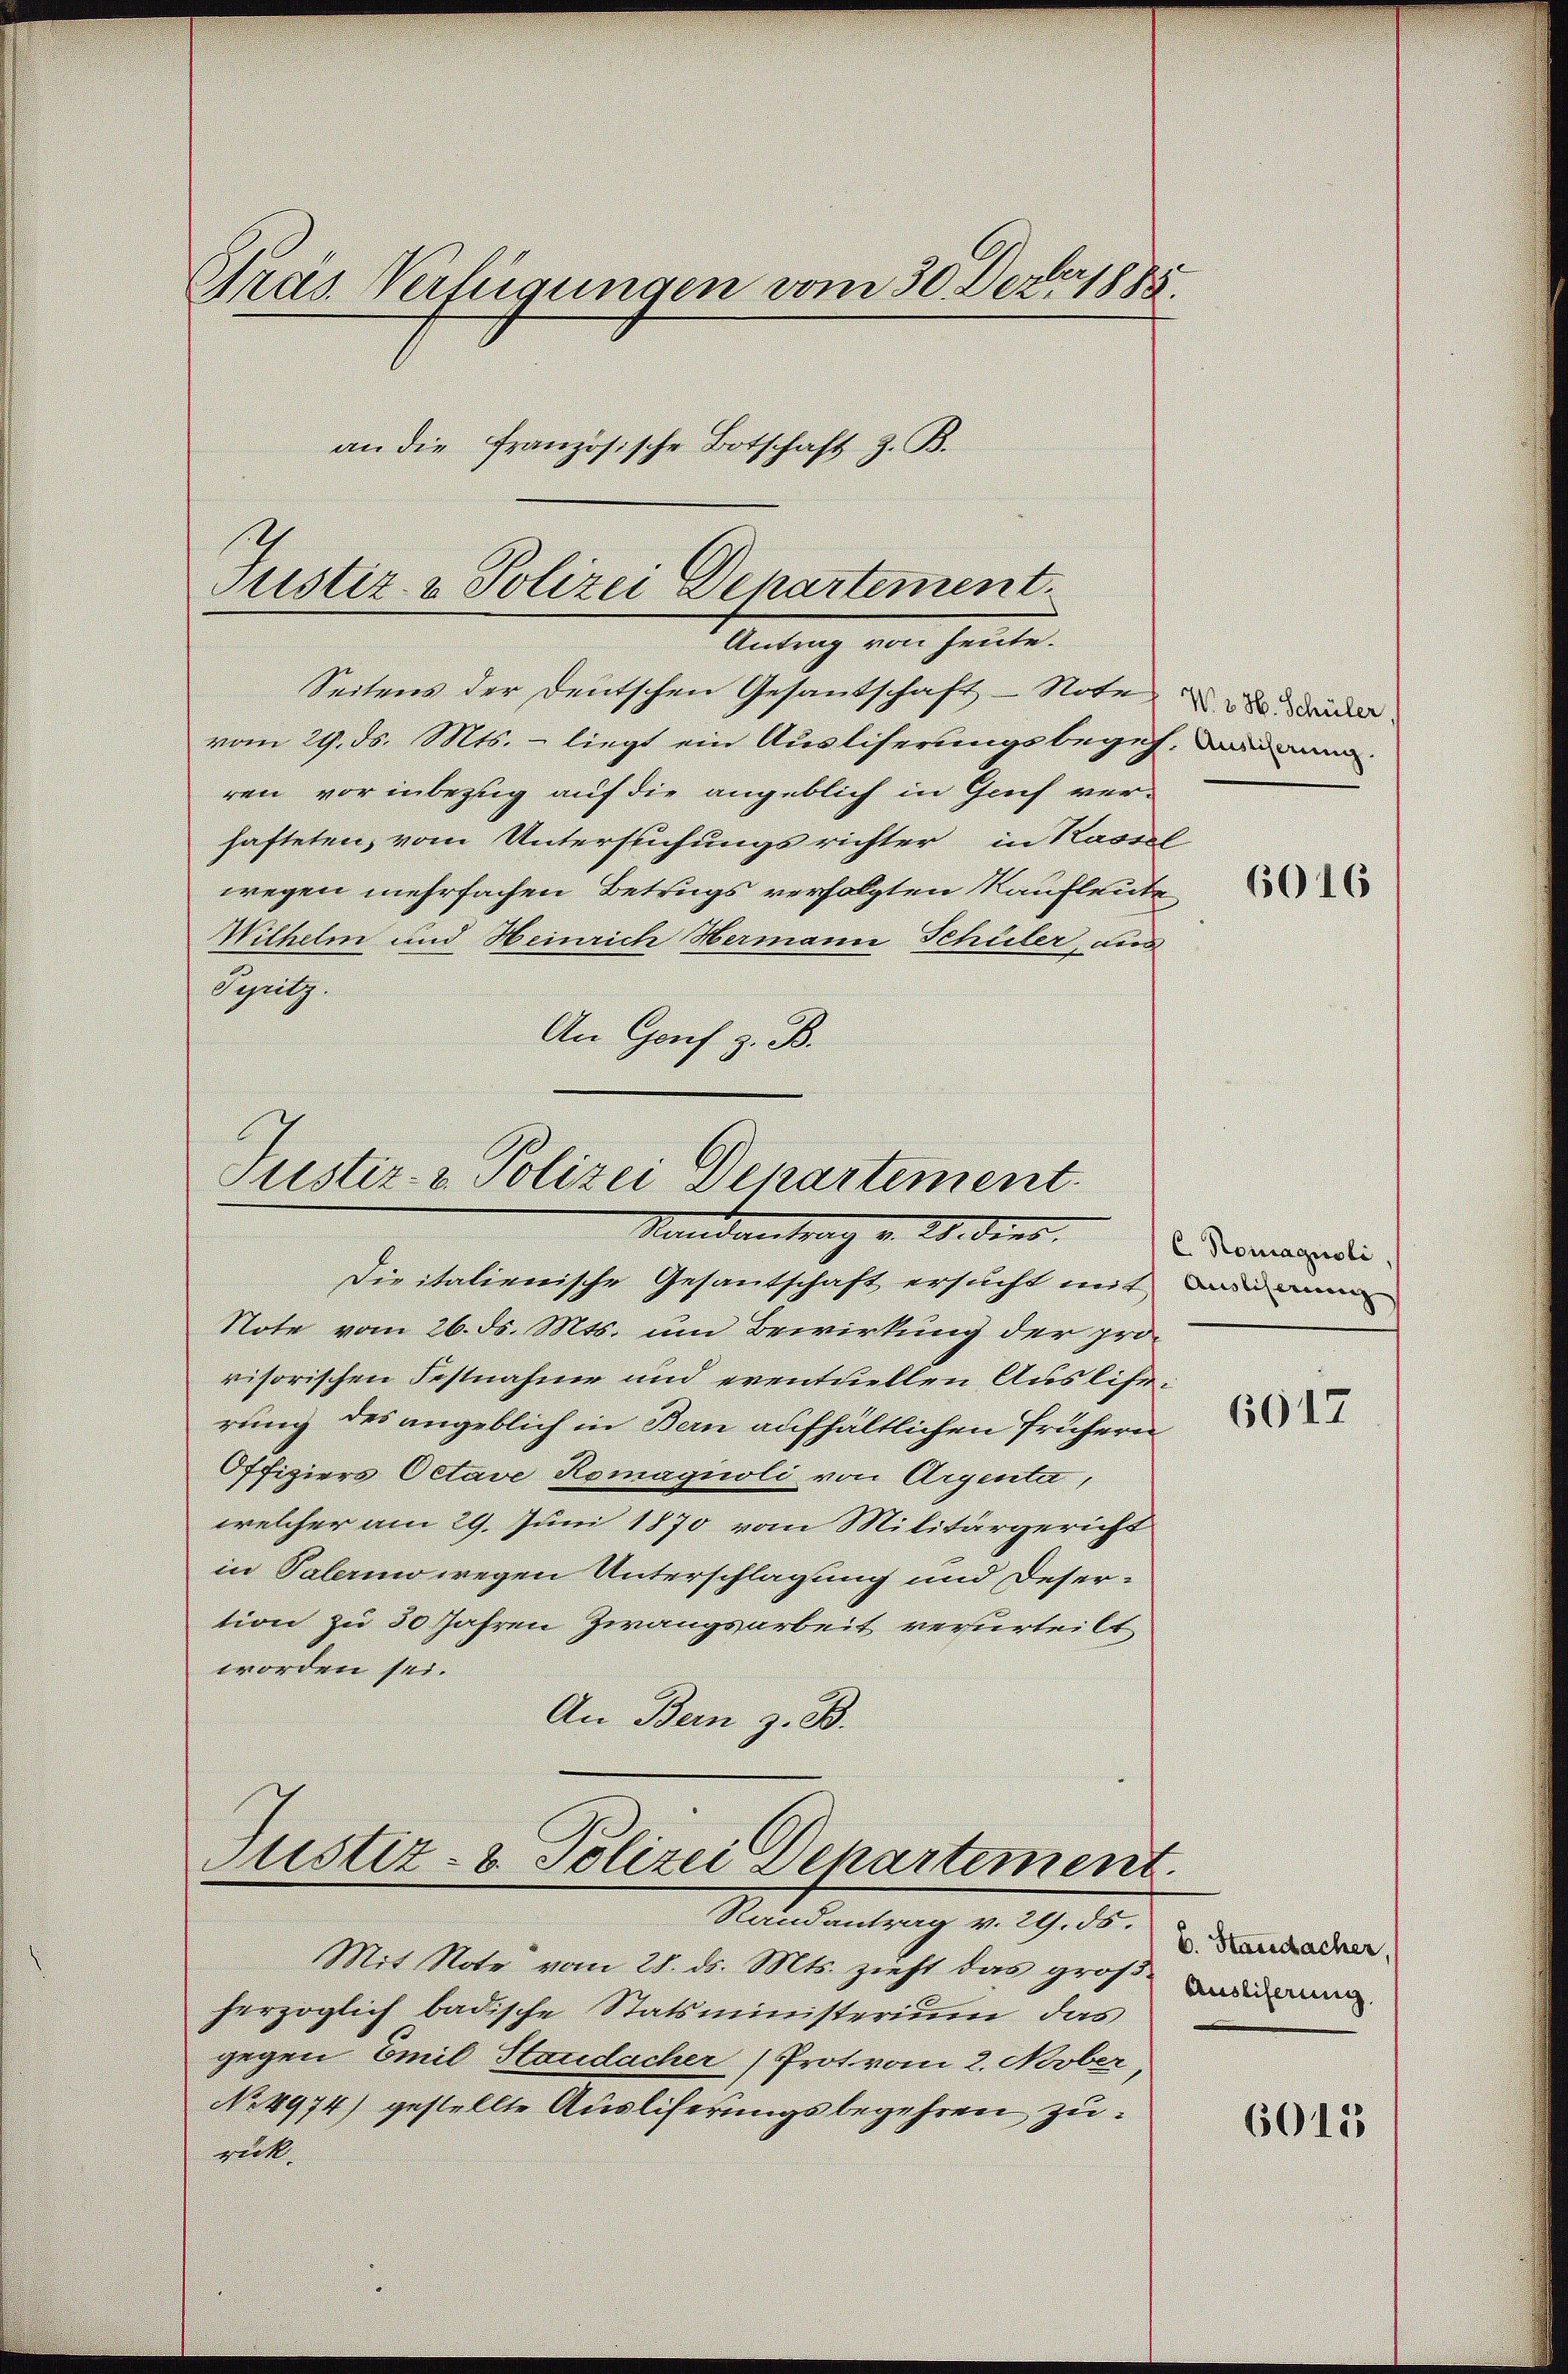
Präs. Verfügungen vom 30. Dez. 1885.
an die Französische Botschaft z. B.
Justiz & Polizei Departement.

Antrag von heute.

Seitens der Deutschen Gesandschaft - Note der
vom 29. ds. Mts. - liegt ein Ausliserungsbegeh, dann
ren vor inbezug auf die angeblich in Genf ver-
hafteten, vom Untersuchungsrichter in Kassel
wegen mehrfachen Betrugs verfolgten Kaufleute
Wilhelm und Heinrich Hermann Schüler, aus
Sepellig.
An Genf z. B.

Justiz- & Polizei Departement.
Randantrag v. 20. dens.

Die italienische Gesantschaft ersucht mit dann
Note vom 26. ds. Mts. um Bewirkung der pro-
visorischen Festnahme und eventuellen Auslierung des angeblich in Bern aufhältlichen frühern
Offiziers Octave Romaquoli von Argenta,
welcher am 29. Juni 1870 vom Militärgericht
in Palerin wegen Unterschlagung und Desertion zu 30 Jahren Zwangsarbeit verurteilt
worden sei.
An Bern z. B.

Justiz- & Polizei Departement

Randantrag v. 29. No. 2. Marsacher,
Mit Note vom 28. d. Mts. zieht das große Beding
herzoglich badische Statsministerium das
gegen Emil Staudacher (Prot vom 2. Novber
No. 4974) gestellte Ausliferungsbegehren zu
gel.

6016

E. Romagnoli,

6017

6013